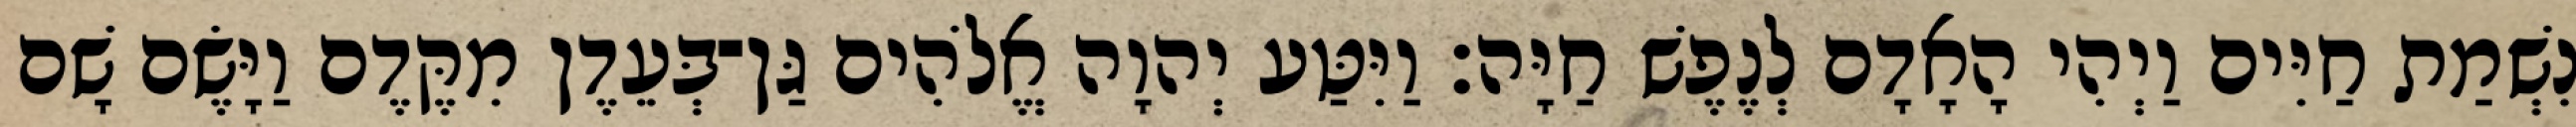
נִשְׁמַת חַיִּים וַיְהִי הָאָדָם לְנֶפֶשׁ חַיָּה׃ וַיִּטַּע יְהוָה אֱלֹהִים גַּן־בְּעֵדֶן מִקֶּדֶם וַיָּשֶׂם שָׁם